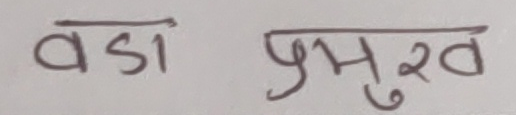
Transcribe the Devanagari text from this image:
वडा प्रमुख